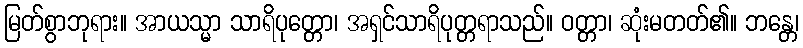
မြတ်စွာဘုရား။ အာယသ္မာ သာရိပုတ္တော၊ အရှင်သာရိပုတ္တရာသည်။ ဝတ္တာ၊ ဆုံးမတတ်၏။ ဘန္တေ၊